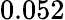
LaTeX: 0.052